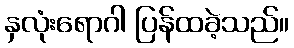
နှလုံးရောဂါ ပြန်ထခဲ့သည်။